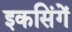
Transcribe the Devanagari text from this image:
इकसिंगें